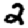
Digit: 2